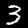
Label: 3